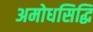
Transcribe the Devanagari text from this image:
अमोधसिद्धि